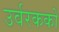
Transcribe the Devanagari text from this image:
उर्वरककों